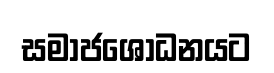
සමාජශෝධනයට